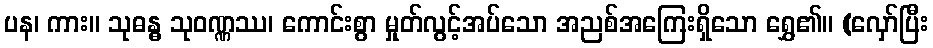
ပန၊ ကား။ သုဓန္ဓ သုဝဏ္ဏဿ၊ ကောင်းစွာ မှုတ်လွင့်အပ်သော အညစ်အကြေးရှိသော ရွှေ၏။ (လှော်ပြီး